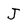
Character: J